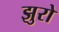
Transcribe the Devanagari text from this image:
झुरो